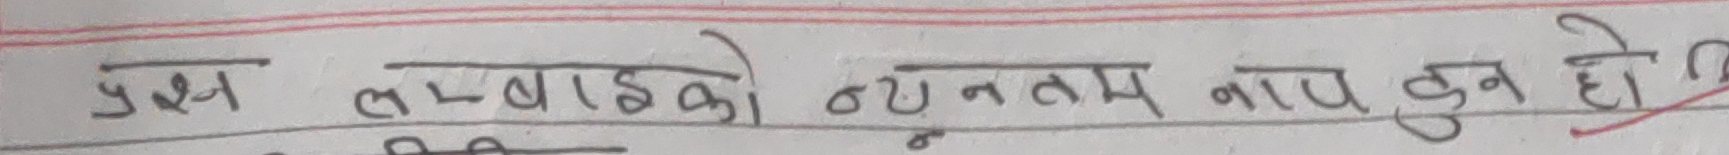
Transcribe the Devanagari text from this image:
प्रश्न लम्बाइको न्युनतम नाप कुन हो?